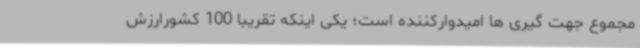
مجموع جهت گیری ها امیدوارکننده است؛ یکی اینکه تقریبا 100 کشورارزش